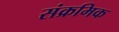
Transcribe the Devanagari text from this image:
संक्रमिक